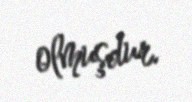
olmuşdur.